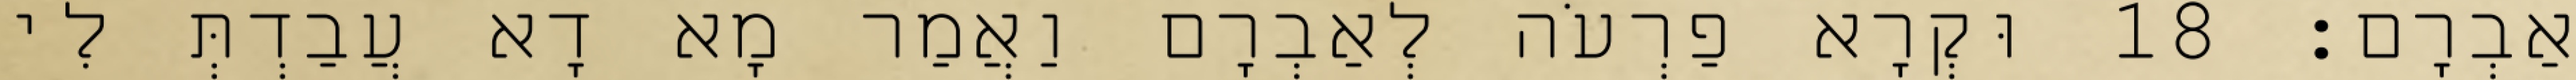
אַבְרָם׃ 18 וּקְרָא פַרְעֹה לְאַבְרָם וַאֲמַר מָא דָא עֲבַדְתְּ לִי